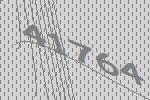
41764